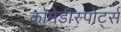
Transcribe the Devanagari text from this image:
कॉमेडीस्पोर्ट्स